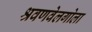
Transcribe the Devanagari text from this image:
श्रवणवेलगोला